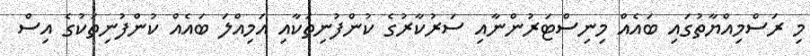
މި ރަސްމިއްޔާތުގައި ބައެއް މިނިސްޓަރުންނާއި ސަރުކާރުގެ ކުންފުނިތަކާއި އަމިއްލަ ބައެއް ކުންފުނިތަކުގެ އިސް